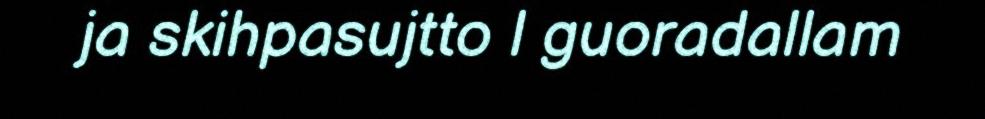
ja skihpasujtto l guoradallam